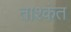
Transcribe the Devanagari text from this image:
ताश्कंत